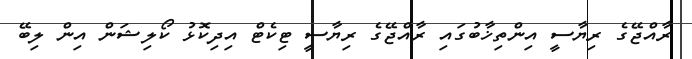
ރާއްޖޭގެ ރިޔާސީ އިންތިޚާބުގައި ރާއްޖޭގެ ރިޔާސީ ޓިކެޓް އިދިކޮޅު ކޯލިޝަން އިން ލިބޭ